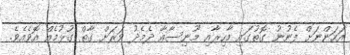
އަހަންނަށް ފެނުނު ގޮތުގައި މާހިރާއި މޫނިސާއާ ދެމެދު ވަރަށް ގާތް ގުޅުމެއް އޮވެއެވެ.